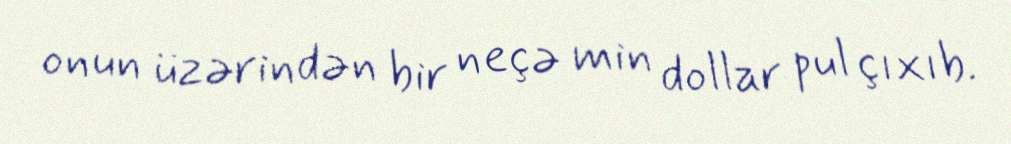
onun üzərindən bir neçə min dollar pul çıxıb.